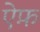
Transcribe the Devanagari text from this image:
ऐफ़